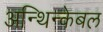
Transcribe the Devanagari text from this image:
अन्थिन्केबल